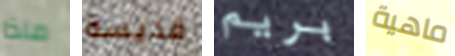
ماذا قديسة بريم ماهية